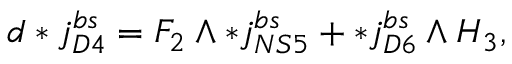
d * j _ { D 4 } ^ { b s } = F _ { 2 } \wedge * j _ { N S 5 } ^ { b s } + * j _ { D 6 } ^ { b s } \wedge H _ { 3 } ,